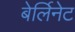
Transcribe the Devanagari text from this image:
बेर्लिनेट